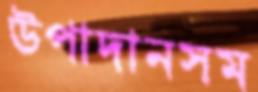
উপাদানসম